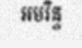
អមរិន្ទ